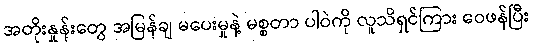
အတိုးနှုန်းတွေ အမြန်ချ မပေးမှုနဲ့ မစ္စတာ ပါဝဲကို လူသိရှင်ကြား ဝေဖန်ပြီး